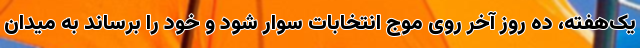
یک‌هفته، ده روز آخر روی موج انتخابات سوار شود و خود را برساند به میدان